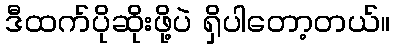
ဒီထက်ပိုဆိုးဖို့ပဲ ရှိပါတော့တယ်။